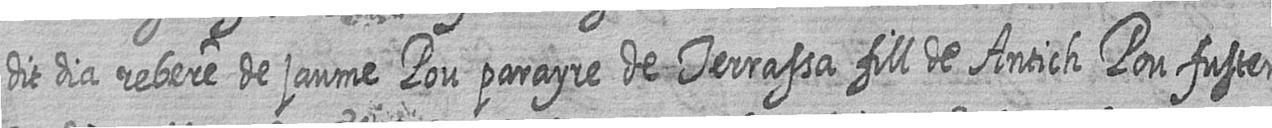
dit dia rebere de jaume Pou parayre de Terrassa fill de Antich Pou fuster